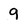
Character: 9